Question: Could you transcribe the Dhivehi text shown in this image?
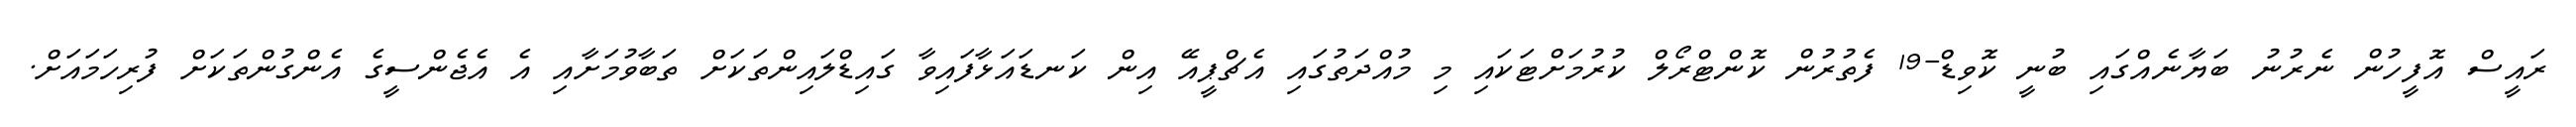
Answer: ރައީސް އޮފީހުން ނެރުނު ބަޔާނެއްގައި ބުނީ ކޮވިޑް-19 ފެތުރުން ކޮންޓްރޯލް ކުރުމަށްޓަކައި މި މުއްދަތުގައި އެޗްޕީއޭ އިން ކަނޑައަޅާފައިވާ ގައިޑްލައިންތަކަށް ތަބާވުމަށާއި އެ އެޖެންސީގެ އެންގުންތަކަށް ފުރިހަމައަށް.